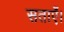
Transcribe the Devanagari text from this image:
सताएँ।